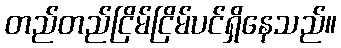
တည်တည်ငြိမ်ငြိမ်ပင်ရှိနေသည်။